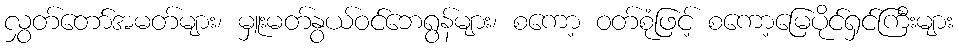
လွှတ်တော်အမတ်များ၊ မှူးမတ်နွယ်ဝင်ဘေရွန်များ၊ စကော့ ဝတ်စုံဖြင့် စကော့မြေပိုင်ရှင်ကြီးများ